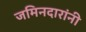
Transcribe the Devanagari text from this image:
जमिनदारांनी